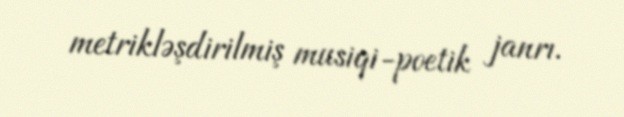
metrikləşdirilmiş musiqi-poetik janrı.